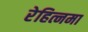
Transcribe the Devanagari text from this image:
रेहित्नमा